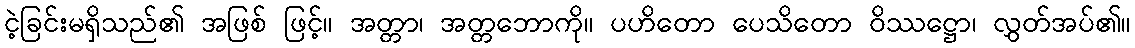
ငဲ့ခြင်းမရှိသည်၏ အဖြစ် ဖြင့်။ အတ္တာ၊ အတ္တဘောကို။ ပဟိတော ပေသိတော ဝိဿဋ္ဌော၊ လွှတ်အပ်၏။